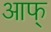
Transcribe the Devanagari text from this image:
आफ्‌